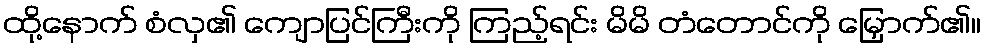
ထို့နောက် စံလှ၏ ကျောပြင်ကြီးကို ကြည့်ရင်း မိမိ တံတောင်ကို မြှောက်၏။